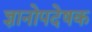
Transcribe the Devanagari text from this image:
ज्ञानोपदेषक